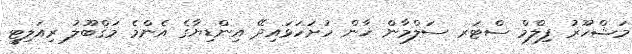
މަޝްހޫރު ފިލްމް ސްޓަރ ސަލްމާން ޚާން ހުށަހަޅައިދޭ އިންޑިޔާގެ އެންމެ މަޤްބޫލު ރިއަލިޓީ